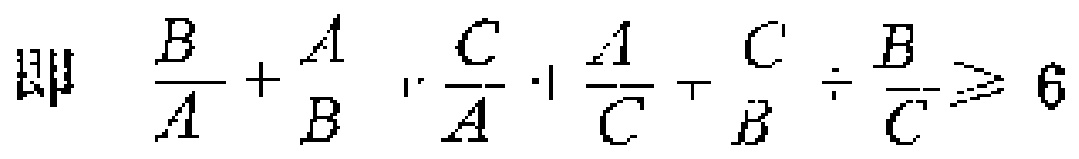
即 $\frac{B}{A}+\frac{A}{B}+\frac{C}{A}+\frac{A}{C}+\frac{C}{B}+\frac{B}{C}\geqslant 6$